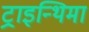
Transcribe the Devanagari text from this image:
ट्राइन्थिमा